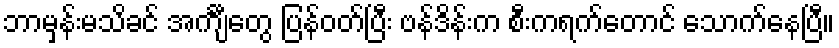
ဘာမှန်းမသိခင် အင်္ကျီတွေ ပြန်ဝတ်ပြီး ဗန်ဒိန်းက စီးကရက်တောင် သောက်နေပြီ။